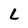
Character: L